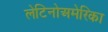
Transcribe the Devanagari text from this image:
लेटिनोअमेरिका